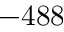
- 4 8 8